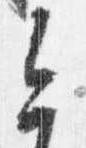
今